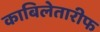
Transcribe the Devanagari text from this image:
काबिलेतारीफ